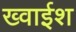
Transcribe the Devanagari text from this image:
ख्वाईश